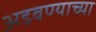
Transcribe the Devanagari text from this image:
अडवण्याच्या